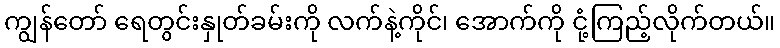
ကျွန်တော် ရေတွင်းနှုတ်ခမ်းကို လက်နဲ့ကိုင်၊ အောက်ကို ငုံ့ကြည့်လိုက်တယ်။